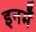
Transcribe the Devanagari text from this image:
इनमेँ